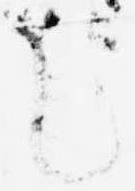
に